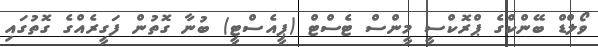
ވޯލްޑް ބޭންކްގެ ޕްރޮކްސީ މީންސް ޓެސްޓް (ޕީއެސްޓީ) ބުނާ ގޮތުން ފަގީރެއްގެ ގޮތުގައި